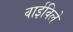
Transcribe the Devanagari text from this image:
वाईविले